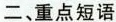
二、重点短语